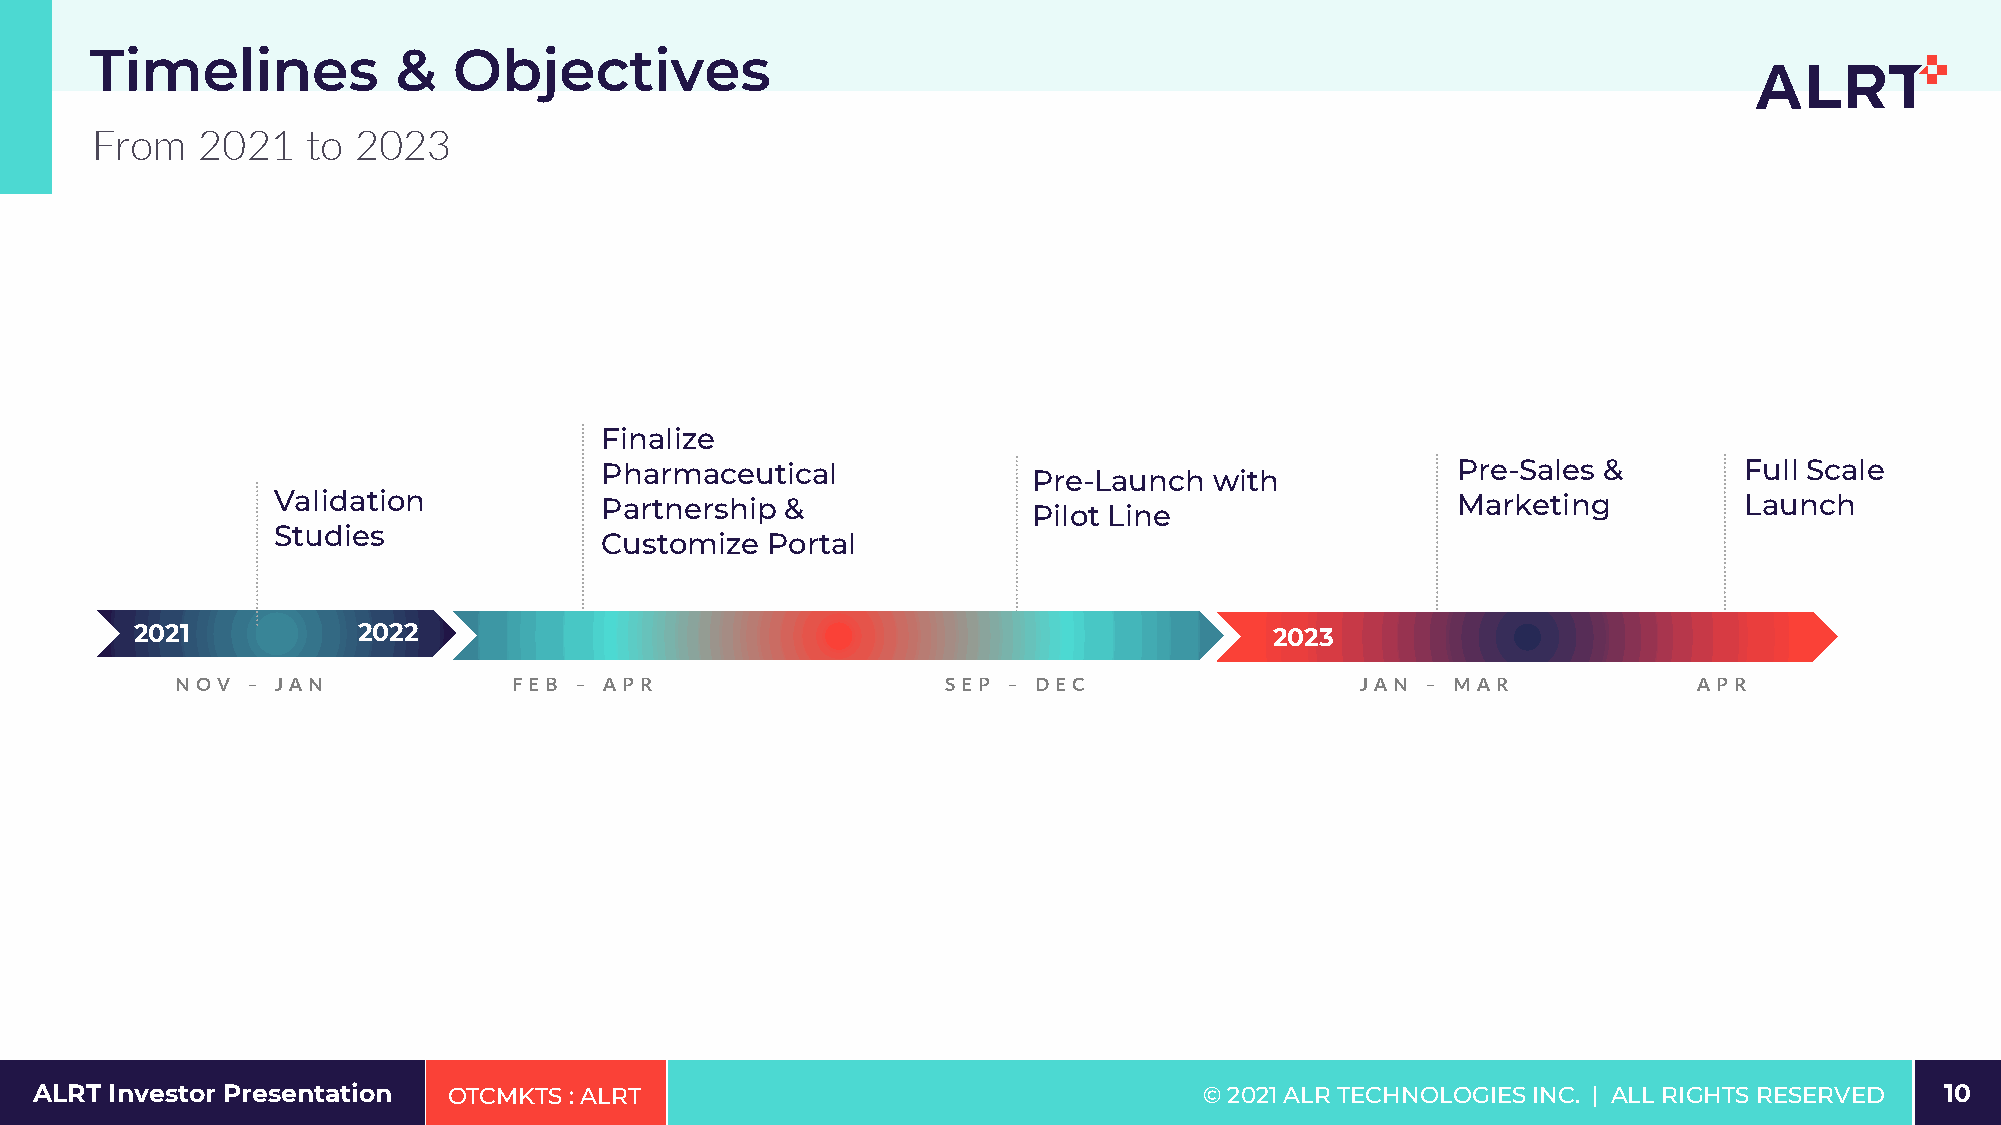
Timelines           &   Objectives
 From   2021   to 2023
 Finalize
 Pharmaceutical                                          Pre-Sales &        Full Scale
 Pre-Launch  with
 Validation            Partnership &                                           Marketing          Launch
 Pilot Line
 Studies
 Customize  Portal
 2021           2022                                                        22002233
 N OV – JAN            FE B – AP R                  S E P – DE C               JAN – M AR            AP R
 2021          2022                                                         2023
 2021          2022
 ALRT Investor Presentation  OTCMKTS : ALRT                                    © 2021 ALR TECHNOLOGIES INC. | ALL RIGHTS RESER10VED 10